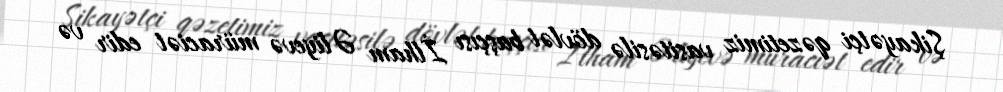
Şikayətçi qəzetimiz vasitəsilə dövlət başçısı İlham Əliyevə müraciət edir və